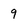
Character: 9